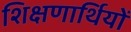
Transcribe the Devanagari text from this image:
शिक्षणार्थियों